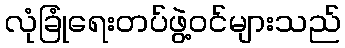
လုံခြုံရေးတပ်ဖွဲ့ဝင်များသည်